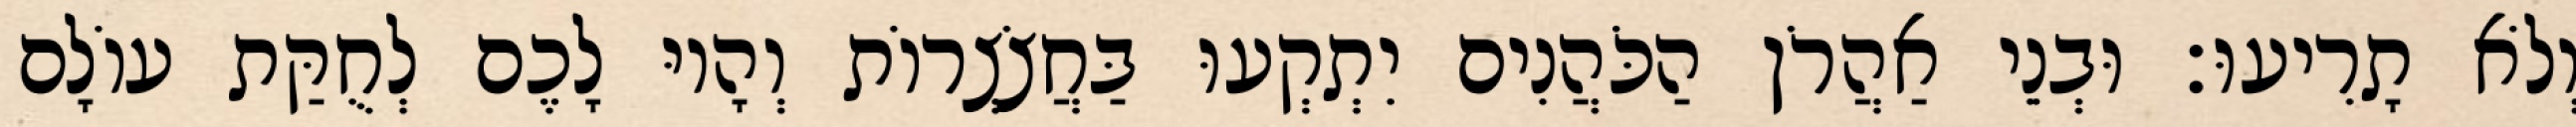
וְלֹא תָרִיעוּ׃ וּבְנֵי אַהֲרֹן הַכֹּהֲנִים יִתְקְעוּ בַּחֲצֹצְרוֹת וְהָיוּ לָכֶם לְחֻקַּת עוֹלָם